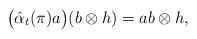
LaTeX: \begin{align*} \big(\hat{\alpha}_t(\pi)a\big)(b\otimes h)=ab\otimes h, \end{align*}